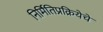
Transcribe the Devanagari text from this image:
निर्मितिप्रक्रियेचे